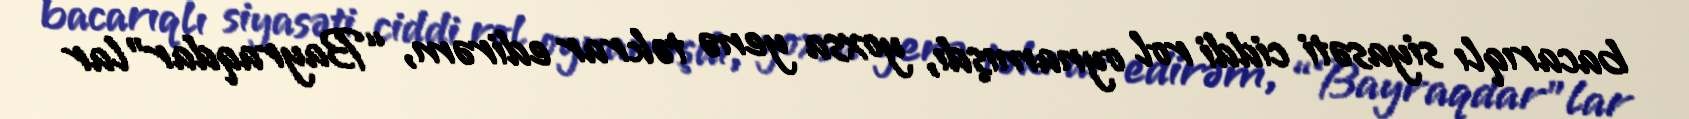
bacarıqlı siyasəti ciddi rol oynamışdı, yoxsa yenə təkrar edirəm, “Bayraqdar”lar